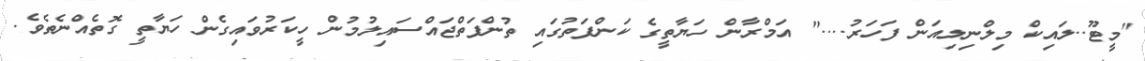
"މީޓޫ..ލައިކް މިލްނިލިއަން ފަހަރު...." އަމްރާން ހަޔާތީގެ ކަންފަތުގައި ތުންފަތްޖައްސައިލުމުން ހީކަރުވައިގެން ހަޔާތީ ގޮތެއްނެތެވެ.